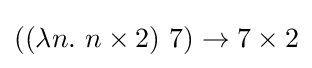
((\lambda n.\ n\times 2)\ 7)\rightarrow 7\times 2